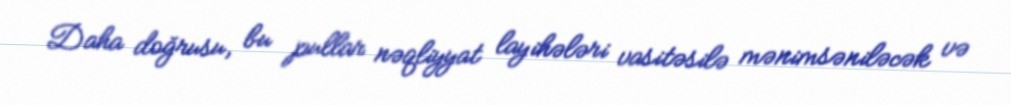
Daha doğrusu, bu pullar nəqliyyat layihələri vasitəsilə mənimsəniləcək və